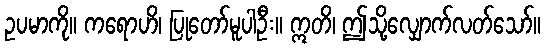
ဥပမာကို။ ကရောဟိ၊ ပြုတော်မူပါဦး။ ဣတိ၊ ဤသို့လျှောက်လတ်သော်။